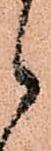
候